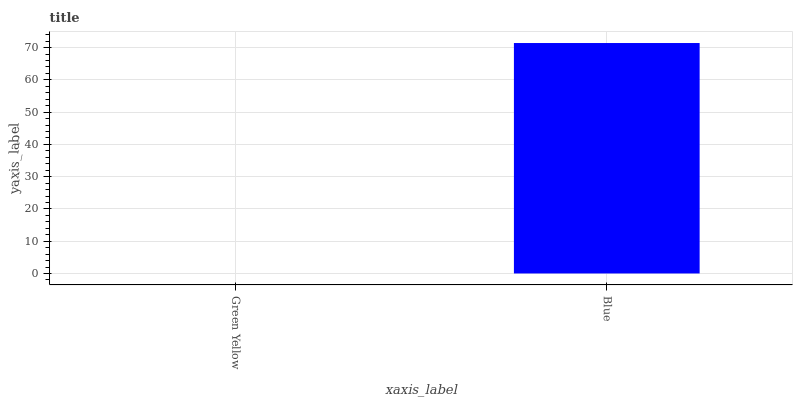
| xaxis_label | bars |
 | --- | --- |
 | Green Yellow | 0 |
 | Blue | 71.4 |